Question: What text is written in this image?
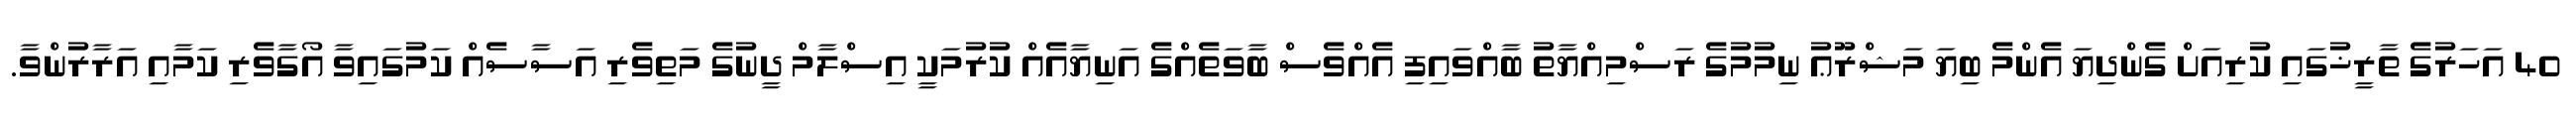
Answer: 40 އަހަރުގެ ތާރީޚުގައި ކުރިއަށް ގެންދިޔަ އެންމެ ބިޔަ މަޝްރޫޢު ނިމުމުގެ ރަސްމިއްޔާތު ބާއްވައިފި އެއްވެސް ބާވަތެއްގެ އަނިޔާއެއް ކުރުމަކީ އިސްލާމް ދީނުގެ މަތިވެރި އަސާސެއް ކަމުގައިވާ އޯގާވެރި ކަމާއި އަރާރުންވާ.